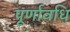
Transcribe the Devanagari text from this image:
पूर्णावधि